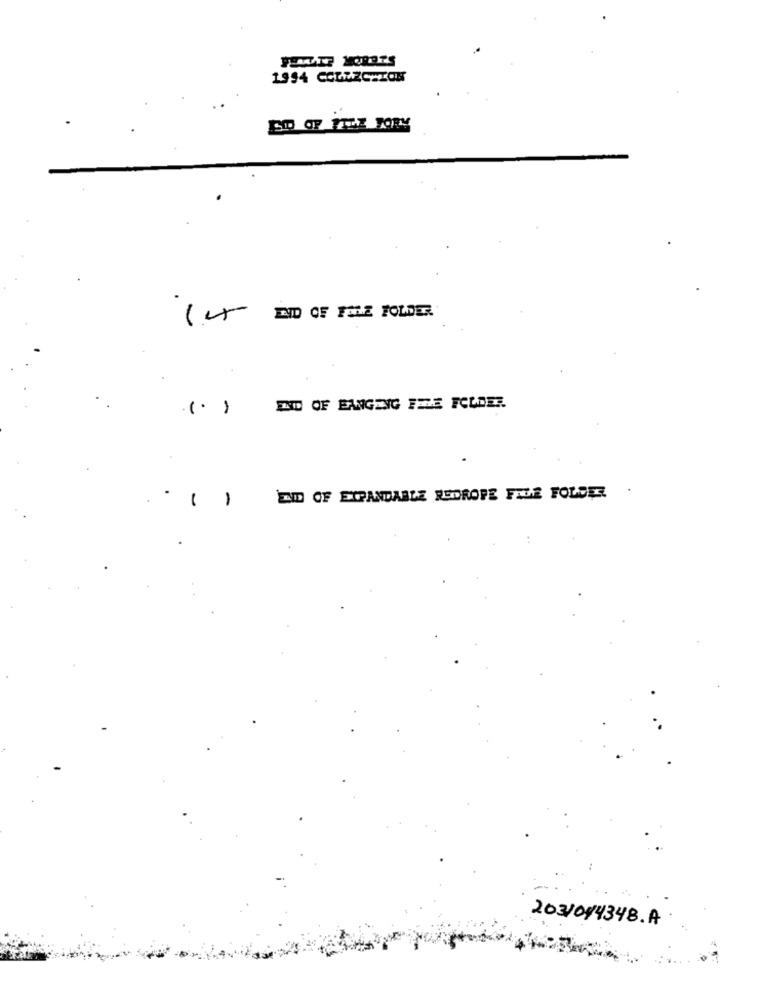
1994 CCDMZCHTON
ED OF THE TORY
(.)
I'D OF BANGING FELE FOLDER.
()
ED OF EXPANDABLE REDROPE FILE FOLDER
2031014348.A